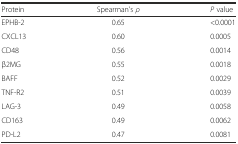
| Protein | Spearman’s ρ | P value |
 | --- | --- | --- |
 | EPHB-2 | 0.65 | <0.0001 |
 | CXCL13 | 0.60 | 0.0005 |
 | CD48 | 0.56 | 0.0014 |
 | β2MG | 0.55 | 0.0018 |
 | BAFF | 0.52 | 0.0029 |
 | TNF-R2 | 0.51 | 0.0039 |
 | LAG-3 | 0.49 | 0.0058 |
 | CD163 | 0.49 | 0.0062 |
 | PD-L2 | 0.47 | 0.0081 |